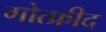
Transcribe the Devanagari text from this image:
गोत्फ्रीद